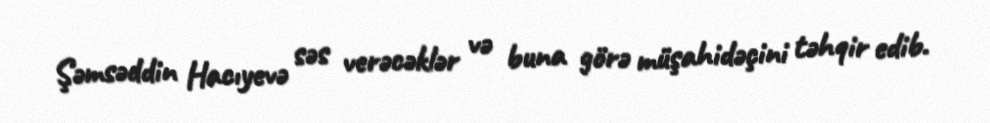
Şəmsəddin Hacıyevə səs verəcəklər və buna görə müşahidəçini təhqir edib.